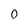
Character: 0